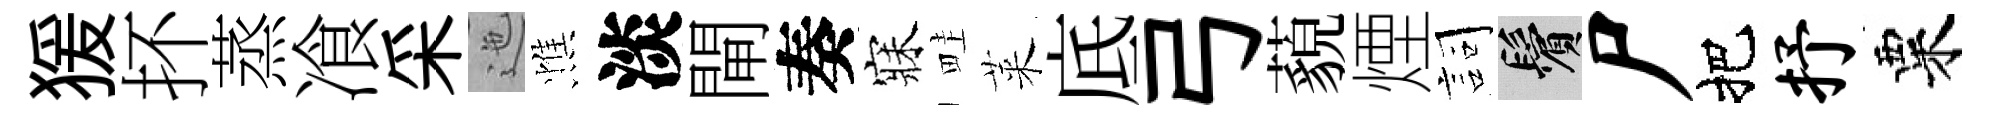
猨抔蒸飡采迤憔淡閘奏寐畦萊底弓藐煙詞鬢尸把抒粟